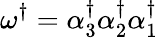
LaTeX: \omega^{\dagger}=\alpha_{3}^{\dagger}\alpha_{2}^{\dagger}\alpha_{1}^{\dagger}